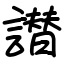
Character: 譛